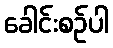
ခေါင်းစဉ်ပါ